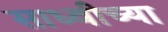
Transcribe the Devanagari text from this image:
साध्वीच्या